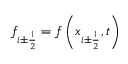
f _ { i \pm { \frac { 1 } { 2 } } } = f \left( x _ { i \pm { \frac { 1 } { 2 } } } , t \right)